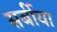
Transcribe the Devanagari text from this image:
सर्बीया